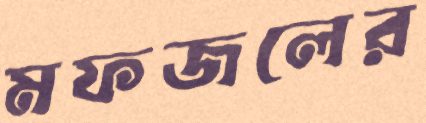
মফজলের